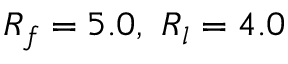
R _ { f } = 5 . 0 , \ R _ { l } = 4 . 0